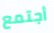
أجتمع